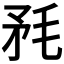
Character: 𣭅